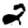
Digit: 2